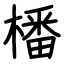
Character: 橎